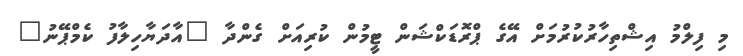
މި ފިލްމު އިޝްތިހާރުކުރުމަށް އޭގެ ޕްރޮޑަކްޝަން ޓީމުން ކުރިއަށް ގެންދާ "އާދަޔާހިލާފު ކެމްޕޭނު"